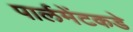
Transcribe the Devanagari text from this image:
पार्लमेंटकडे